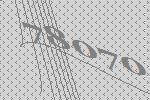
78070